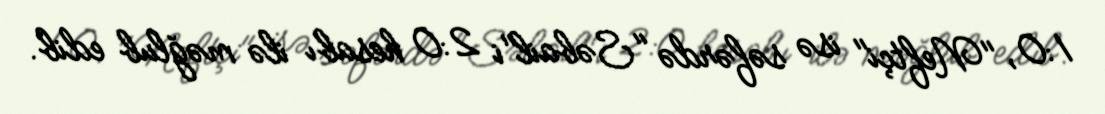
1:0, "Neftçi" isə səfərdə "Səbail"i 2:0 hesabı ilə məğlub edib.